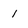
Character: 1